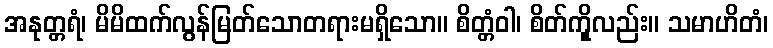
အနုတ္တရံ၊ မိမိထက်လွန်မြတ်သောတရားမရှိသော။ စိတ္တံဝါ၊ စိတ်ကိုူလည်း။ သမာဟိတံ၊